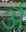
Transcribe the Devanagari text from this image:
र्अ